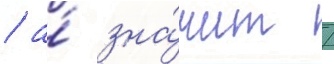
/ а́ зна́чит /